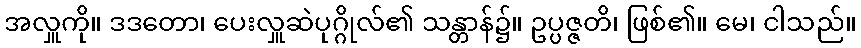
အလှူကို။ ဒဒတော၊ ပေးလှူဆဲပုဂ္ဂိုလ်၏ သန္တာန်၌။ ဥပ္ပဇ္ဇတိ၊ ဖြစ်၏။ မေ၊ ငါသည်။